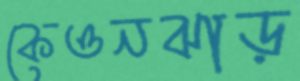
কেওনঝাড়